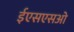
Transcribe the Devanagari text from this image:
ईएसएसओ